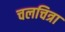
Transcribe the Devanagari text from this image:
चलचित्रा